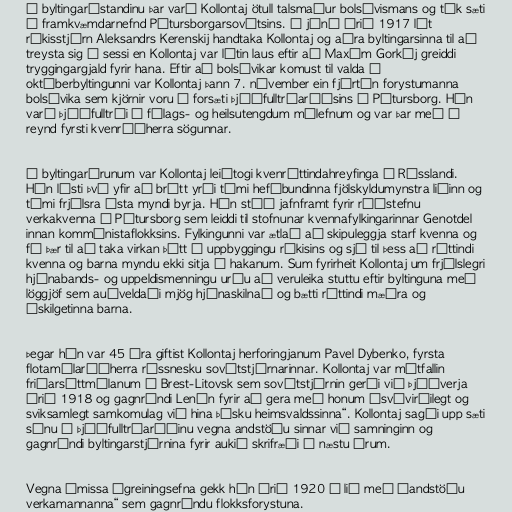
Í byltingarástandinu þar varð Kollontaj ötull talsmaður bolsévismans og tók sæti
í framkvæmdarnefnd Pétursborgarsovétsins. Í júní árið 1917 lét
ríkisstjórn Aleksandrs Kerenskij handtaka Kollontaj og aðra byltingarsinna til að
treysta sig í sessi en Kollontaj var látin laus eftir að Maxím Gorkíj greiddi
tryggingargjald fyrir hana. Eftir að bolsévikar komust til valda í
októberbyltingunni var Kollontaj þann 7. nóvember ein fjórtán forystumanna
bolsévika sem kjörnir voru í forsæti þjóðfulltrúaráðsins í Pétursborg. Hún
varð þjóðfulltrúi í félags- og heilsutengdum málefnum og var þar með í
reynd fyrsti kvenráðherra sögunnar.

Á byltingarárunum var Kollontaj leiðtogi kvenréttindahreyfinga í Rússlandi.
Hún lýsti því yfir að brátt yrði tími hefðbundinna fjölskyldumynstra liðinn og
tími frjálsra ásta myndi byrja. Hún stóð jafnframt fyrir ráðstefnu
verkakvenna í Pétursborg sem leiddi til stofnunar kvennafylkingarinnar Genotdel
innan kommúnistaflokksins. Fylkingunni var ætlað að skipuleggja starf kvenna og
fá þær til að taka virkan þátt í uppbyggingu ríkisins og sjá til þess að réttindi
kvenna og barna myndu ekki sitja á hakanum. Sum fyrirheit Kollontaj um frjálslegri
hjónabands- og uppeldismenningu urðu að veruleika stuttu eftir byltinguna með
löggjöf sem auðveldaði mjög hjónaskilnað og bætti réttindi mæðra og
óskilgetinna barna.

Þegar hún var 45 ára giftist Kollontaj herforingjanum Pavel Dybenko, fyrsta
flotamálaráðherra rússnesku sovétstjórnarinnar. Kollontaj var mótfallin
friðarsáttmálanum í Brest-Litovsk sem sovétstjórnin gerði við Þjóðverja
árið 1918 og gagnrýndi Lenín fyrir að gera með honum „svívirðilegt og
sviksamlegt samkomulag við hina þýsku heimsvaldssinna“. Kollontaj sagði upp sæti
sínu í þjóðfulltrúaráðinu vegna andstöðu sinnar við samninginn og
gagnrýndi byltingarstjórnina fyrir aukið skrifræði á næstu árum.

Vegna ýmissa ágreiningsefna gekk hún árið 1920 í lið með „andstöðu
verkamannanna“ sem gagnrýndu flokksforystuna.